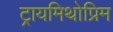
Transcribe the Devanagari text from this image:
ट्रायमिथोप्रिम